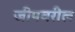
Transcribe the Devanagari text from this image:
जीपवरील